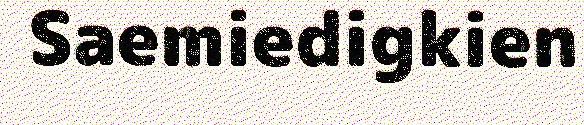
Saemiedigkien